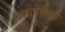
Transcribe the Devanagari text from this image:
खापरावर